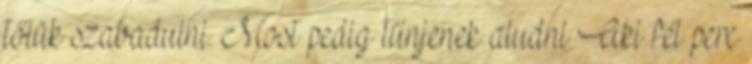
tőlük szabadulni. Most pedig tűnjenek aludni Aki fél perc